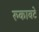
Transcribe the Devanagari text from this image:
रुकावटे